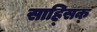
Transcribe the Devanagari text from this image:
साह्सिक्